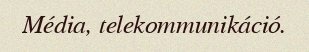
Média, telekommunikáció.